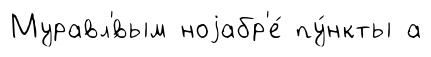
Муравл'́вым ноjабр'е́ пу́нкты а